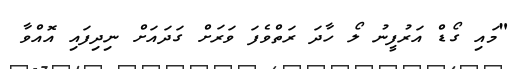
"މައި ގޯޑް އަރުފީނު ލޯ ހާދަ ރަތްވެފަ ވަރަށް ގަދައަށް ނިދިފައި އޮއްވާ